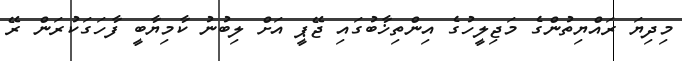
މިދިޔަ ރައްޔިތުންގެ މަޖިލީހުގެ އިންތިޚާބުގައި ޖޭޕީ އަށް ލިބުނު ކާމިޔާބީ ފާހަގަކުރަން ރޭ